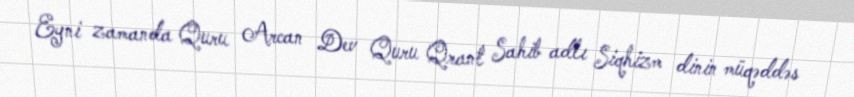
Eyni zamanda Quru Arcan Dev Quru Qrant Sahib adlı Siqhizm dinin müqəddəs